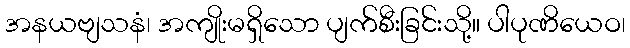
အနယဗျသနံ၊ အကျိုးမရှိသော ပျက်စီးခြင်းသို့။ ပါပုဏိယေဝ၊